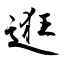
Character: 逛